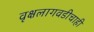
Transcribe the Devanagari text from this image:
वृक्षलागवडीचाही